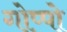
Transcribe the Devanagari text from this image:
गोप्पो